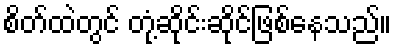
စိတ်ထဲတွင် တုံ့ဆိုင်းဆိုင်ဖြစ်နေသည်။